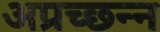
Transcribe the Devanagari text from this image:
अप्रच्छन्न